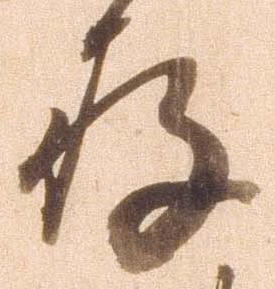
存